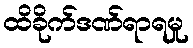
ထိခိုက်ဒဏ်ရာရမှု